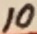
Text: 10